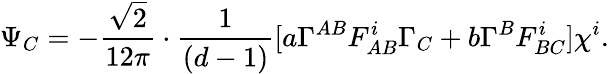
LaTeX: \Psi_{C}=-\frac{\sqrt{2}}{12\pi}\cdot\frac{1}{(d-1)}[a\Gamma^{AB}F_{AB}^{i}\Gamma_{C}+b\Gamma^{B}F_{BC}^{i}]\chi^{i}.